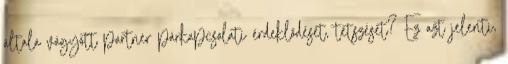
általa vágyott partner párkapcsolati érdeklődését, tetszését? Ez azt jelenti,